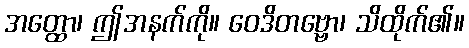
အတ္ထော၊ ဤအနက်ကို။ ဝေဒိတဗ္ဗော၊ သိထိုက်၏။